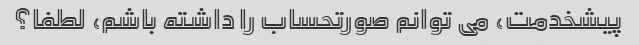
پیشخدمت، می توانم صورتحساب را داشته باشم، لطفا؟